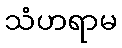
သံဟရာမ